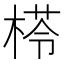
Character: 𣕵